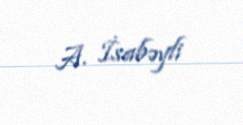
A. İsabəyli